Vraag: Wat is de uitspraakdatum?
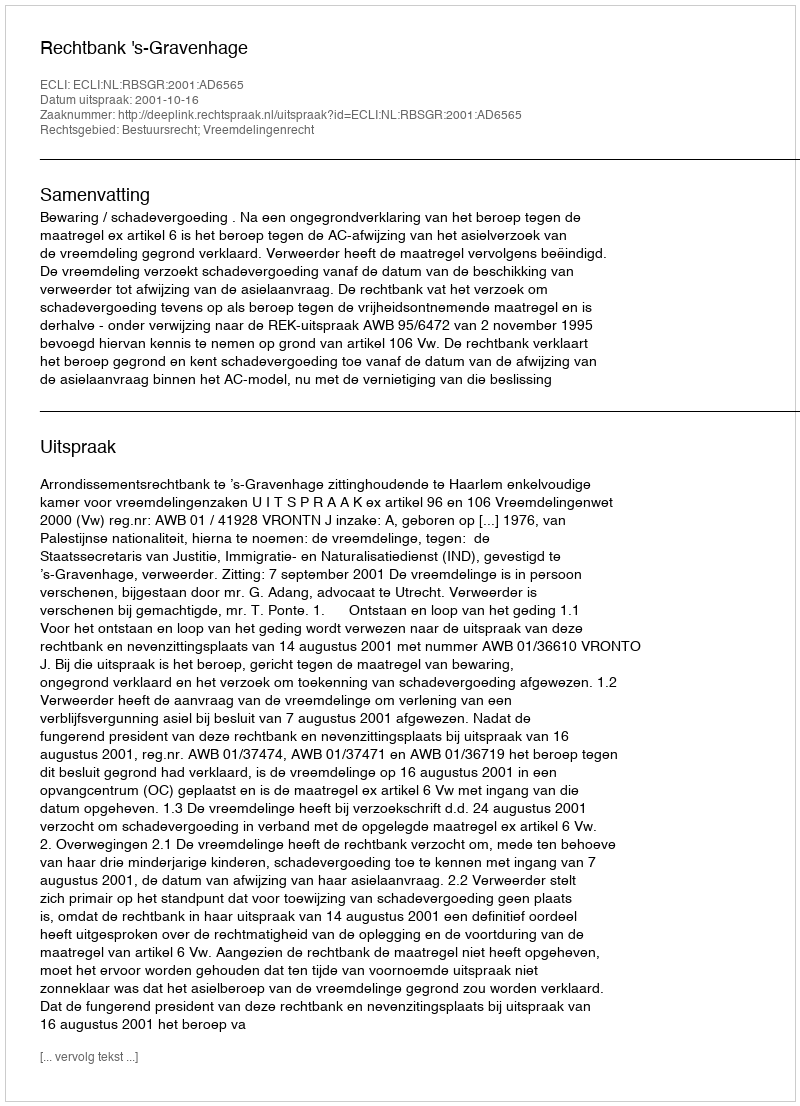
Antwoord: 2001-10-16